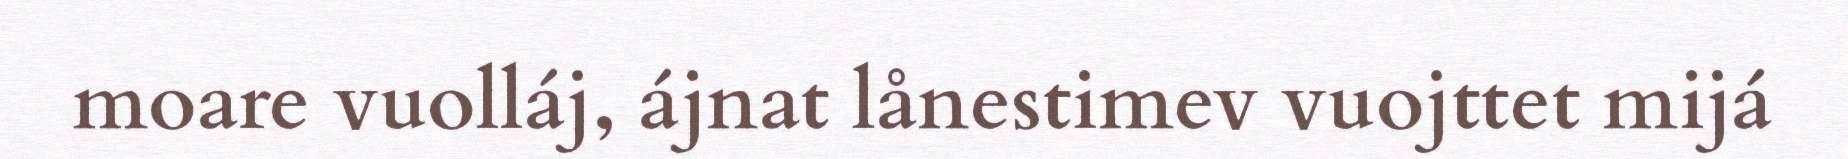
moare vuolláj, ájnat lånestimev vuojttet mijá